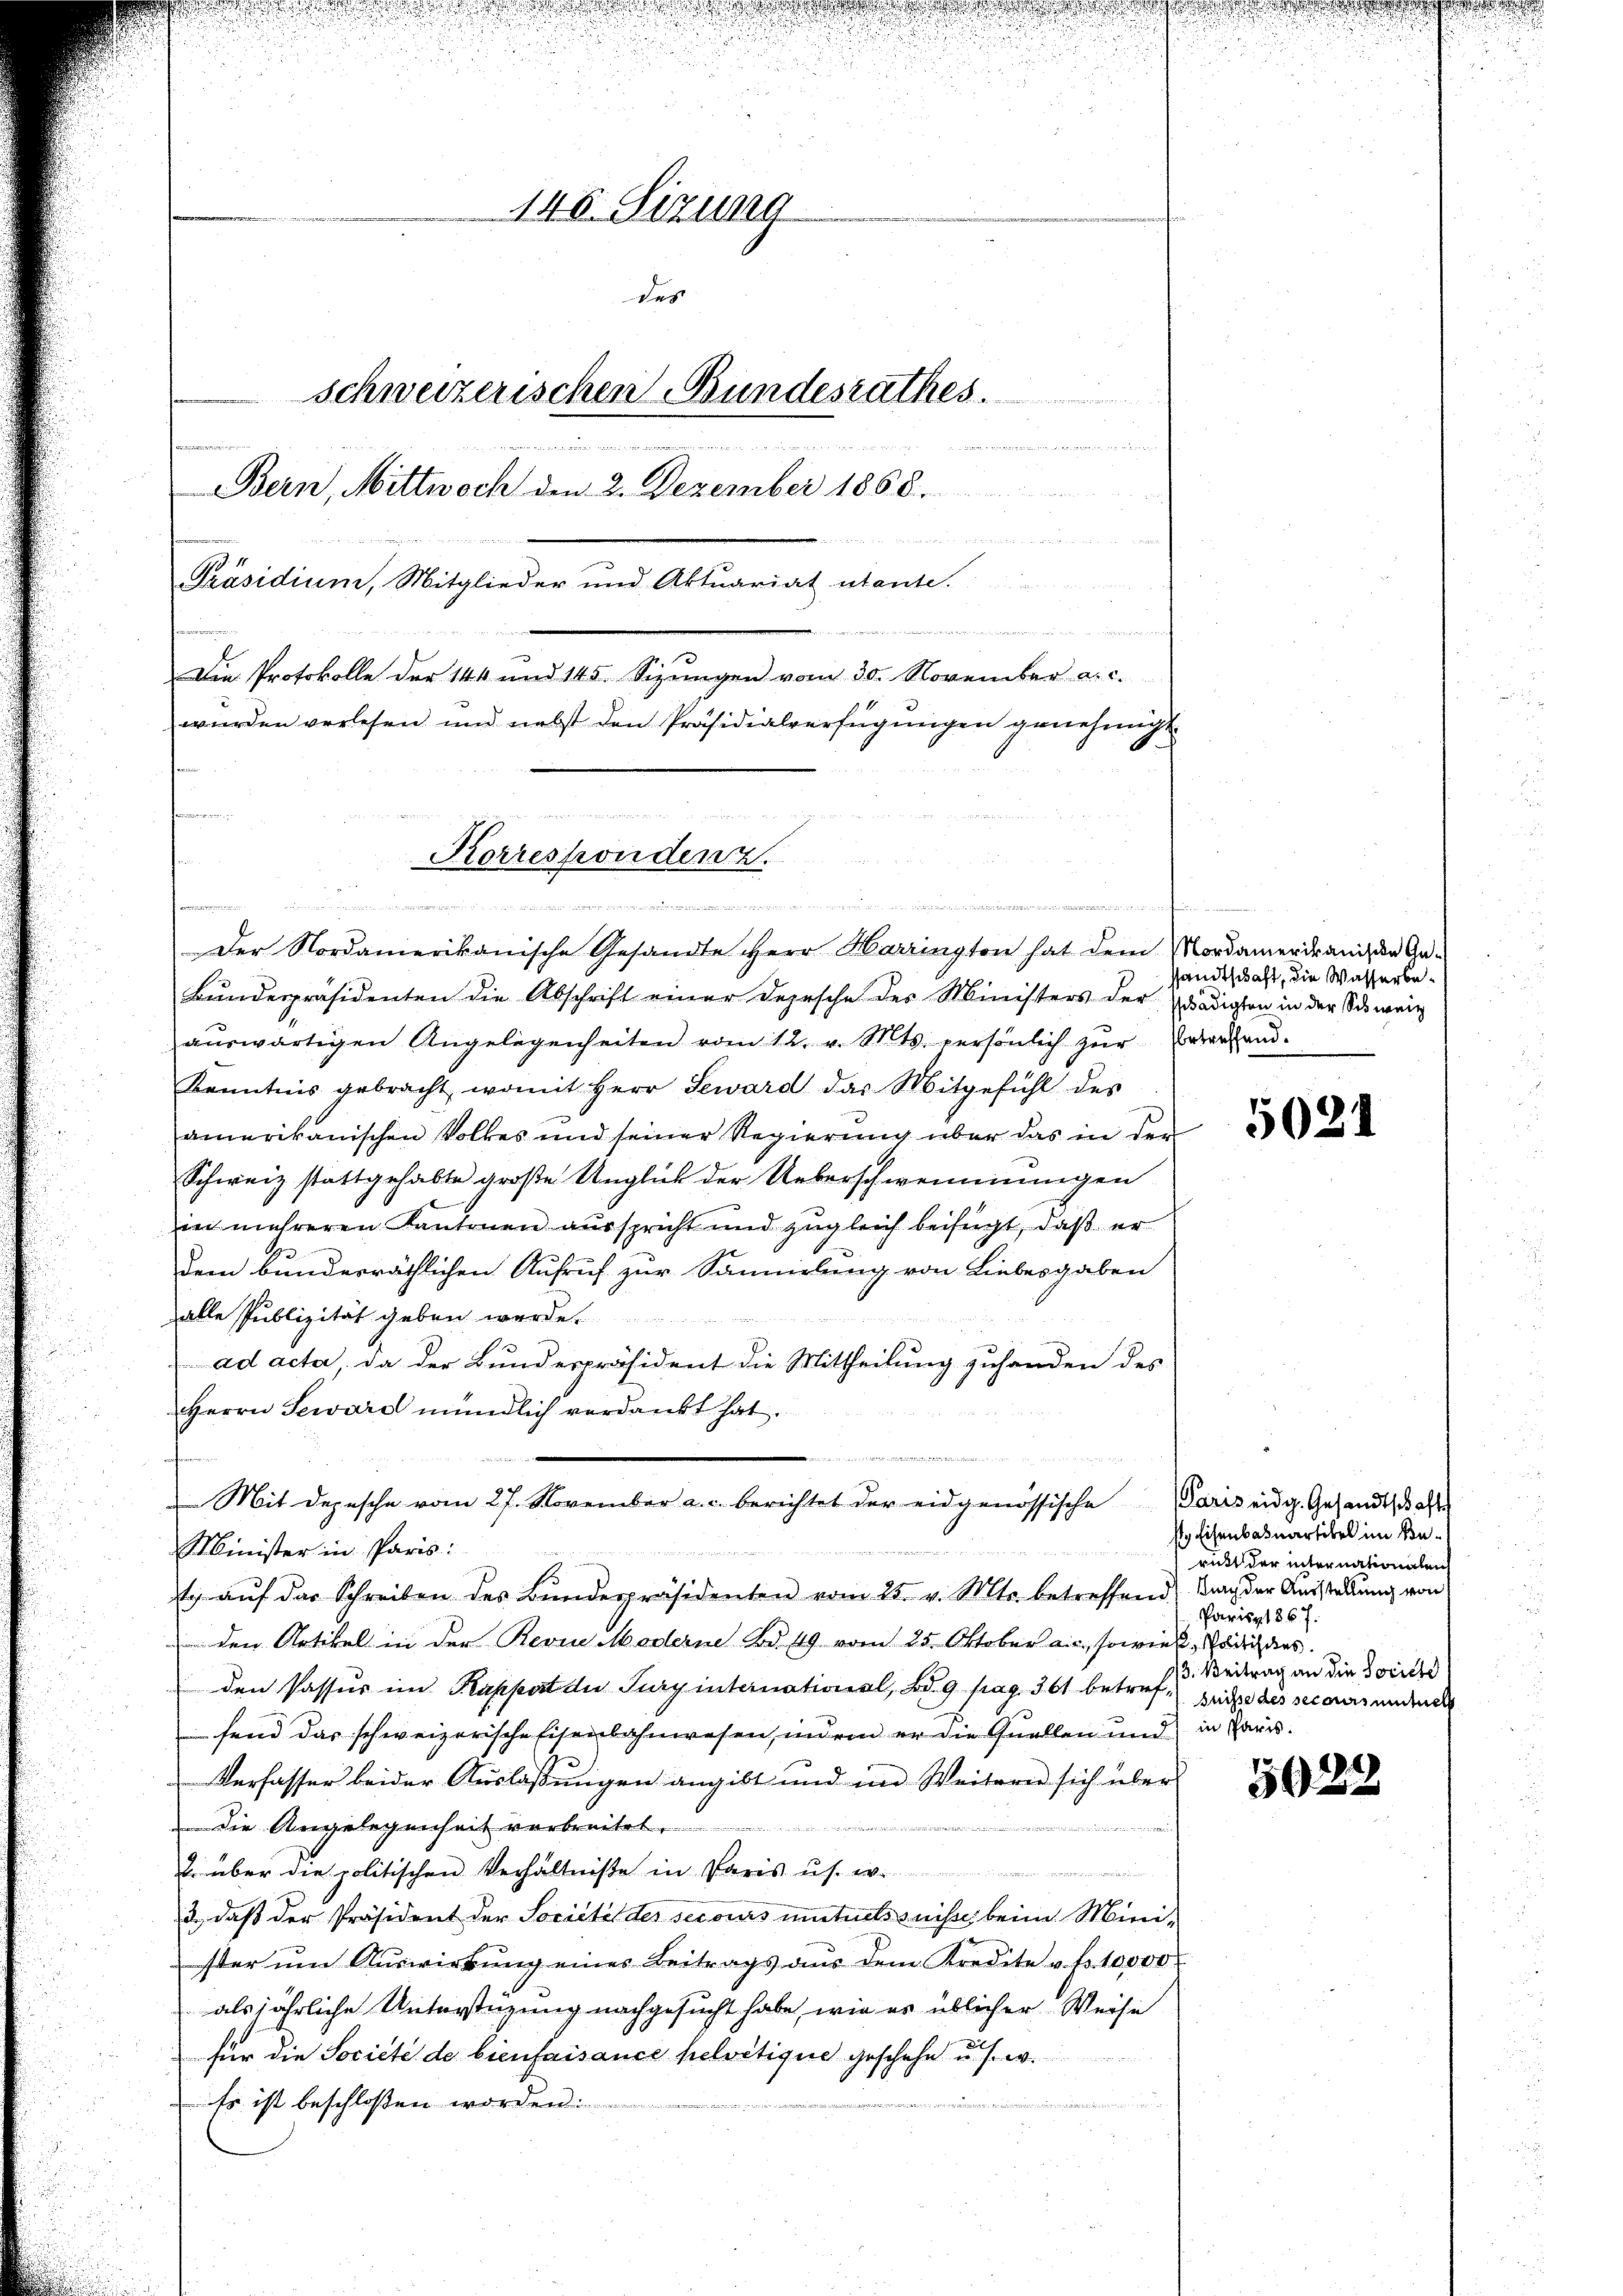
146. Sizung
des
schweizerischen Bundesrathes.
fammen
des von den der
innenen eine
Bern, Mittwoch den 2. Dezember 1868.
Präsidium, Mitglieder und Aktuariat niente.
n
Die Protokolle der 144 und 145. Sizungen vom 30. November a. c.
wŭrden verlesen und nebst den Präsidialverfügŭngen genehmigt.

Korresponden 2.

Paten war in den der von d. 2
Der Nordamerikanische Gesandte HHerr Harrington hat dem Mordamer dran den Ge¬
Bŭndespräsidenten die Abschrift einer Depesche des Ministers der gnädigten in der Schweiz
aŭswärtigen Angelegenheiten vom 12. v. Mts. persönlich zŭr verhand.
Kenntnis gebracht, womit Herr Seward das Mitgefühl des
amerikanischen Volkes und seiner Regierung über das in der
Schweiz stattgehabte große Unglück der Ueberschwemmungen
i mehreren Kantonen ausspricht und zugleich beifügt, daß er
dem bundesräthlichen Aufruf zur Sammlung von Liebesgaben
alle Publizität geben werde.
ad acta. Da der Bunderpräsident die Mittheilung zuhanden des
Herrn Seward mündlich verdankt hat.
Minister in Paris:
g aŭf das Schreiben des Bŭndespräsidenten vom 25. v. Mts. betreffend trag der Aŭsstellŭng von
den Artikel in der Revue Moderne Bd. 19 vom 25. Oktober an, sowiel, Gedich dies
den Passus im Kappart der Jury international, Bd. 9. pag. 361 betref seits des secoursendete
fend das schweizerische Eisenbahnwesen, indem er die Quellen und in Paris.
Verfasser beider Auslaßungen angibt und im Weitern sich über
die Angelegenheit verbreitet.

2 über die politischen Verhältniße in Paris u s. w.
e
2., daß der Präsident der Societät des secours unternisse beim Minister ŭm Aŭswirkŭng eines Beitrags aŭs dem Kredite u. f. 10000
als jährliche Unterstüzung nachgesucht habe, wie es üblicher Weise
für die Société de bienfaisance helvetique geschehe u. s. w.
ter aber 1
Es ist beschloßen worden.

n

Mit depesche vom 27. November a. c. berichtet der eidgenössische Paris eidg. Gesandtschaft

sandtschaft, die Wasserbe¬

5021

st Eisenbauartikel im Beritt der unternationalen
Paris 186 f.
/3. Beitrag an die Societ

5022